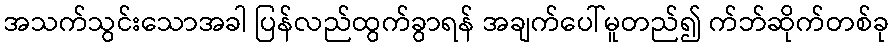
အသက်သွင်းသောအခါ ပြန်လည်ထွက်ခွာရန် အချက်ပေါ်မူတည်၍ က်ဘ်ဆိုက်တစ်ခု